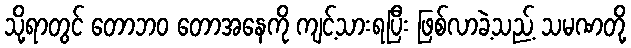
သို့ရာတွင် တောဘဝ တောအနေကို ကျင့်သားရပြီး ဖြစ်လာခဲ့သည့် သမဏတို့